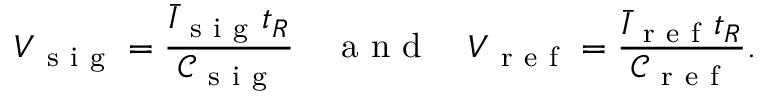
V _ { \mathrm { ~ s ~ i ~ g ~ } } = \frac { \bar { I } _ { \mathrm { ~ s ~ i ~ g ~ } } t _ { R } } { \mathcal { C } _ { \mathrm { ~ s ~ i ~ g ~ } } } \quad \mathrm { ~ a ~ n ~ d ~ } \quad V _ { \mathrm { ~ r ~ e ~ f ~ } } = \frac { \bar { I } _ { \mathrm { ~ r ~ e ~ f ~ } } t _ { R } } { \mathcal { C } _ { \mathrm { ~ r ~ e ~ f ~ } } } .